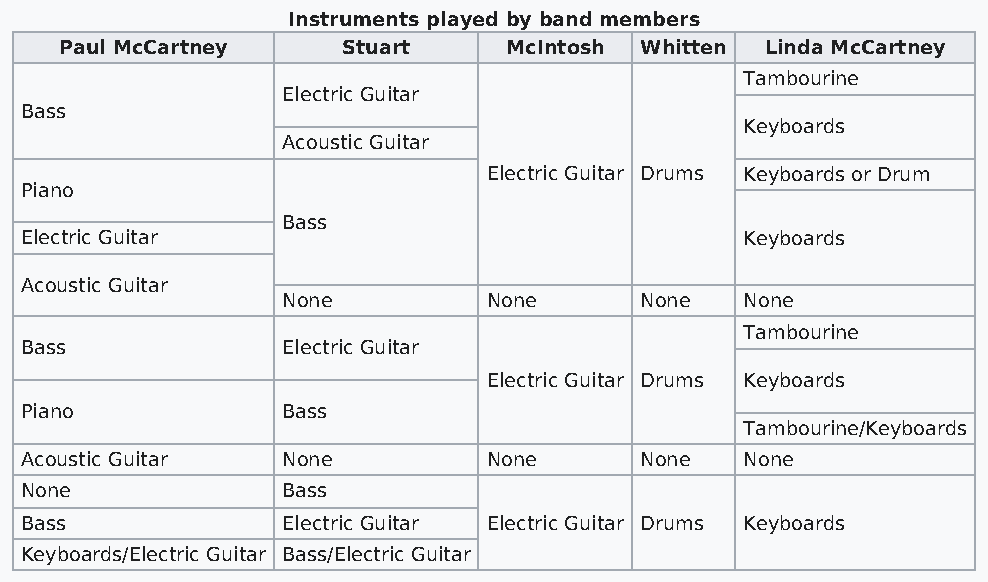
Instruments played by band members
 Paul McCartney     Stuart    McIntosh Whitten  Linda McCartney
 Tambourine
 Electric Guitar
 Bass
 Keyboards
 Acoustic Guitar
 Electric Guitar Drums Keyboards or Drum
 Piano
 Bass
 Electric Guitar                                 Keyboards
 Acoustic Guitar
 None         None      None   None
 Tambourine
 Bass              Electric Guitar
 Electric Guitar Drums Keyboards
 Piano             Bass
 Tambourine/Keyboards
 Acoustic Guitar   None         None      None   None
 None              Bass
 Bass              Electric Guitar Electric Guitar Drums Keyboards
 Keyboards/Electric Guitar Bass/Electric Guitar